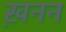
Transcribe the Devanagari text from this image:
ख़नन